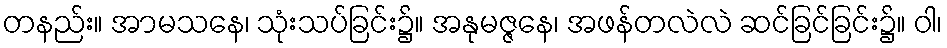
တနည်း။ အာမသနေ၊ သုံးသပ်ခြင်း၌။ အနုမဇ္ဇနေ၊ အဖန်တလဲလဲ ဆင်ခြင်ခြင်း၌။ ဝါ၊